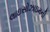
લાઇસોઝાઇમની